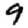
Digit: 9